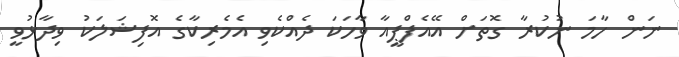
ނަން ހާމަ ނުކުރާ ގޮތަށް އޭއެފްޕީއާ ވާހަކަ ދެއްކެވި އެމެރިކާގެ އޮފިޝަލަކު ވިދާޅުވީ